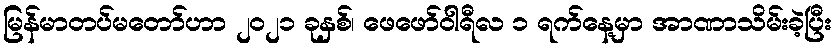
မြန်မာတပ်မတော်ဟာ ၂၀၂၁ ခုနှစ်၊ ဖေဖော်ဝါရီလ ၁ ရက်နေ့မှာ အာဏာသိမ်းခဲ့ပြီး